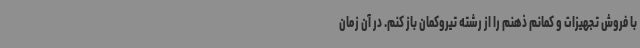
با فروش تجهیزات و کمانم ذهنم را از رشته تیروکمان باز کنم. در آن زمان